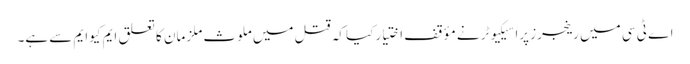
اے ٹی سی میں رینجرز پراسیکیوٹر نے مؤقف اختیار کیا کہ قتل میں ملوث ملزمان کا تعلق ایم کیوایم سے ہے۔